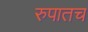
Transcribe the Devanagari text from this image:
रुपातच